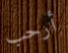
أرحب